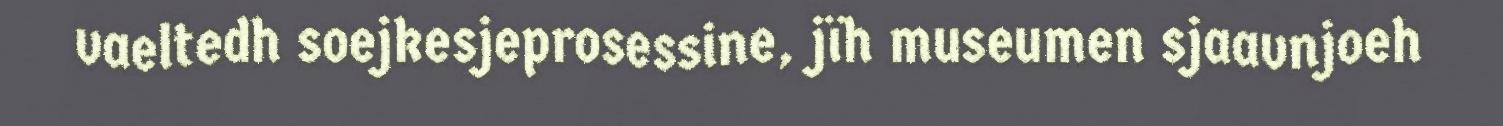
vaeltedh soejkesjeprosessine, jïh museumen sjaavnjoeh